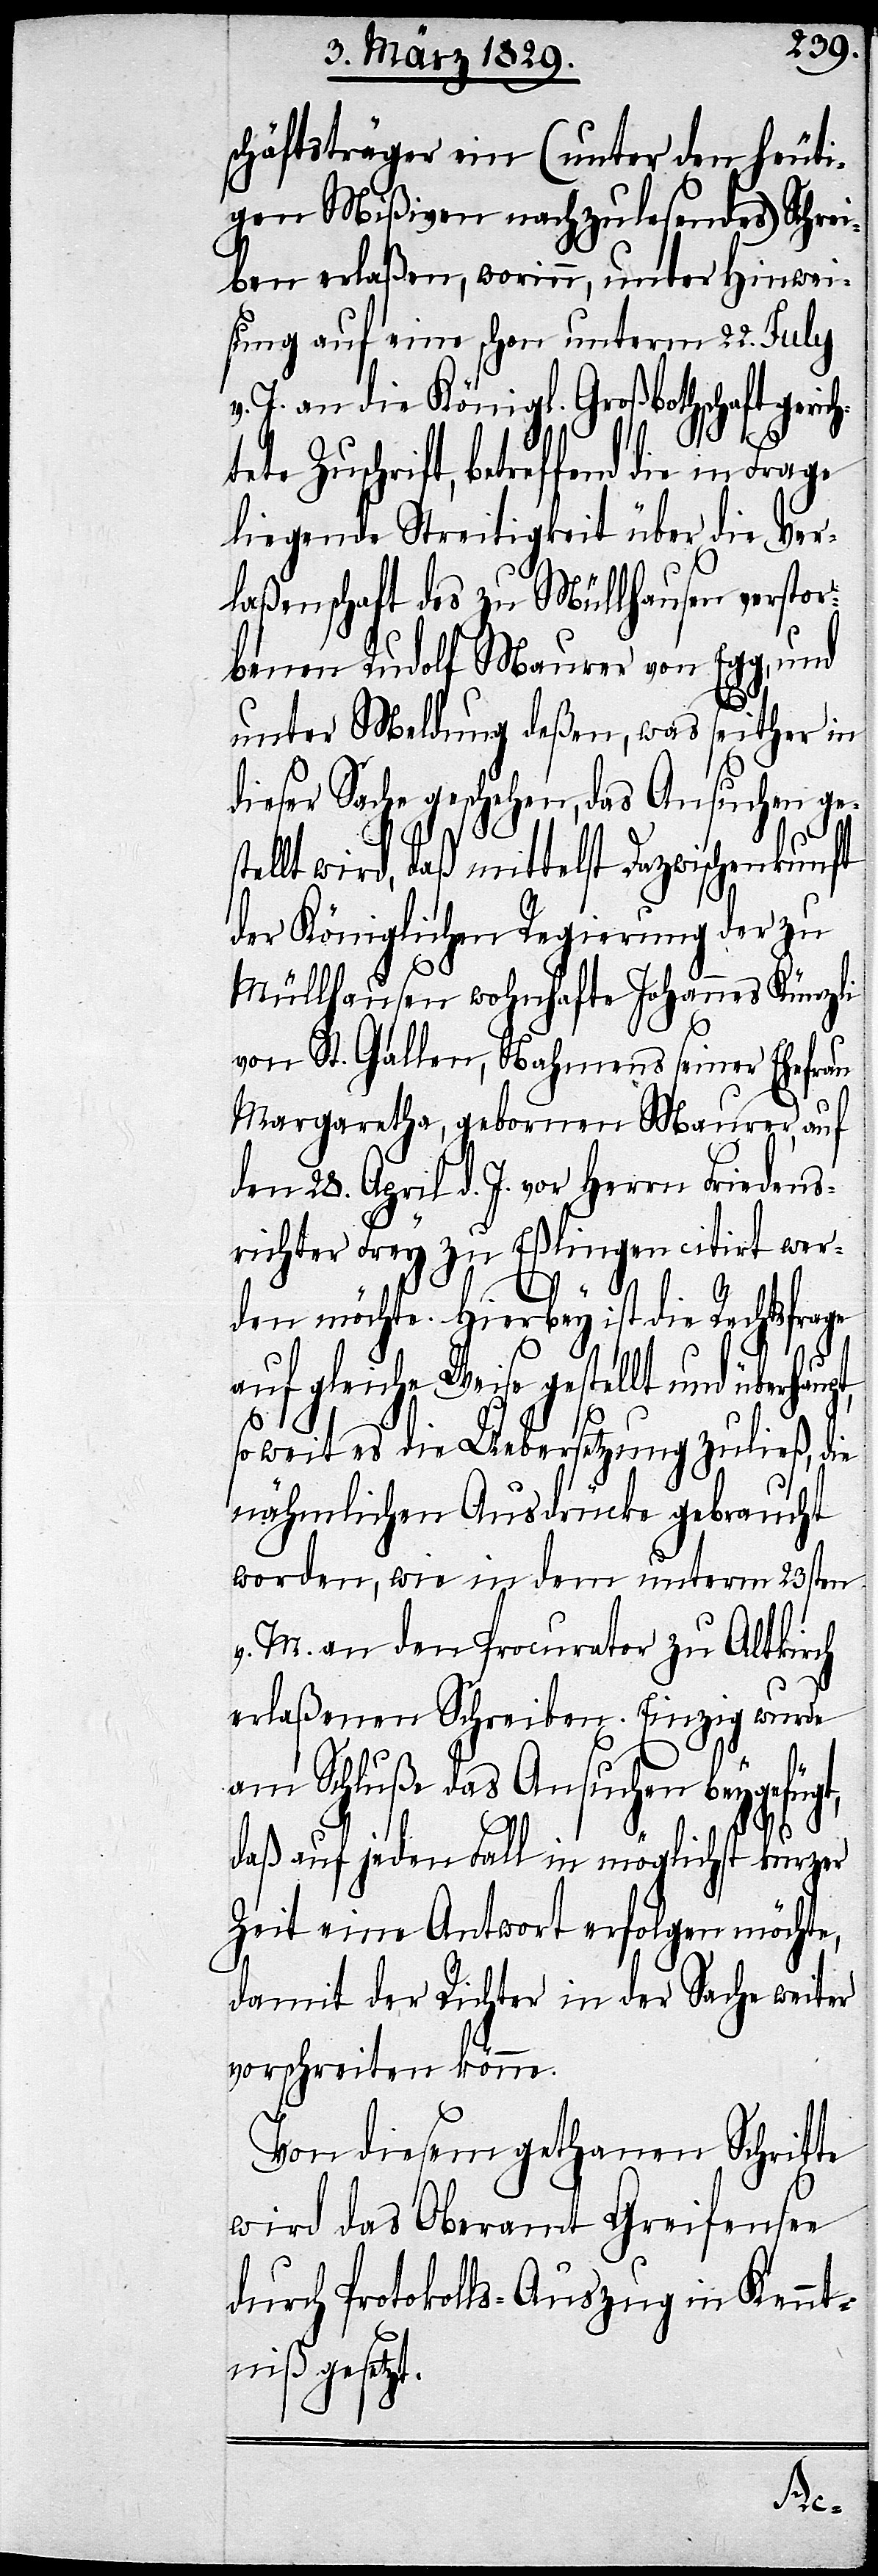
schäftsträger ein (unter den heuti¬
gen Mißiven nachzulesendes) Schre¬
iben erlaßen, worinn, unter Hinwei¬
sung auf eine schon unterm 22. July
v. J. an die Königl. Großbothschaft geric¬
liegende Streitigkeit über die Ver¬
laßenschaft des zu Müllhausen verstor¬
benen Rudolf Maurer von Egg, und
unter Meldung deßen, was seither in
dieser Sache geschehen, das Ansuchen ge¬
betreffend
stellt wird, daß mittelst Dazwischenkunft
der Königlichen Regierung der zu
Müllhausen wohnhafte Johannes Künzli
von St. Gallen, Nahmens seiner Ehefrau
Margaretha, gebornen Maurer, auf
dem 28. April v. J. vor Herrn Friedens¬
richter Fry zu Eßlingen citirt wer¬
den möchte. Hierbey ist die Rechtsfrage
auf gleiche Weise gestellt und überhaupt,
so weit es die Uebersetzung zuließ, die
nähmlichen Ausdrücke gebraucht
worden, wie in dem unterm 23sten
v. M. an den Procurator zu Altkirch
erlaßenen Schreiben. Einzig wurde
am Schluße das Ansuchen beygefügt,
daß auf jeden Fall in möglichst kurzer
Zeit eine Antwort erfolgen möchte,
damit der Richter in der Sache weiter
vorschreiten könne.
Von diesem gethanen Schritte
wird das Oberamt Greifensee
durch Protokolls-Auszug in Kennt¬
niß gesetzt.
Frage